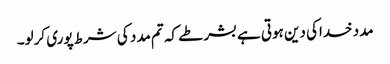
مدد خداکی دین ہوتی ہے بشرطے کہ تم مدد کی شرط پوری کرلو۔